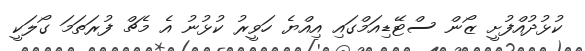
ކުޅުދުއްފުށީ ޒޯން ސްޓޭޑިއަމްގައި އިއްޔެ ހަވީރު ކުޅުނު އެ މެޗް ފުރަތަމަ ގޯލަކީ